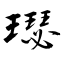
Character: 璱